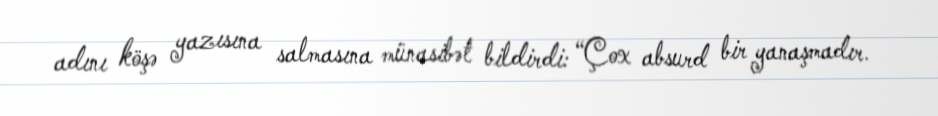
adını köşə yazısına salmasına münasibət bildirdi: “Çox absurd bir yanaşmadır.